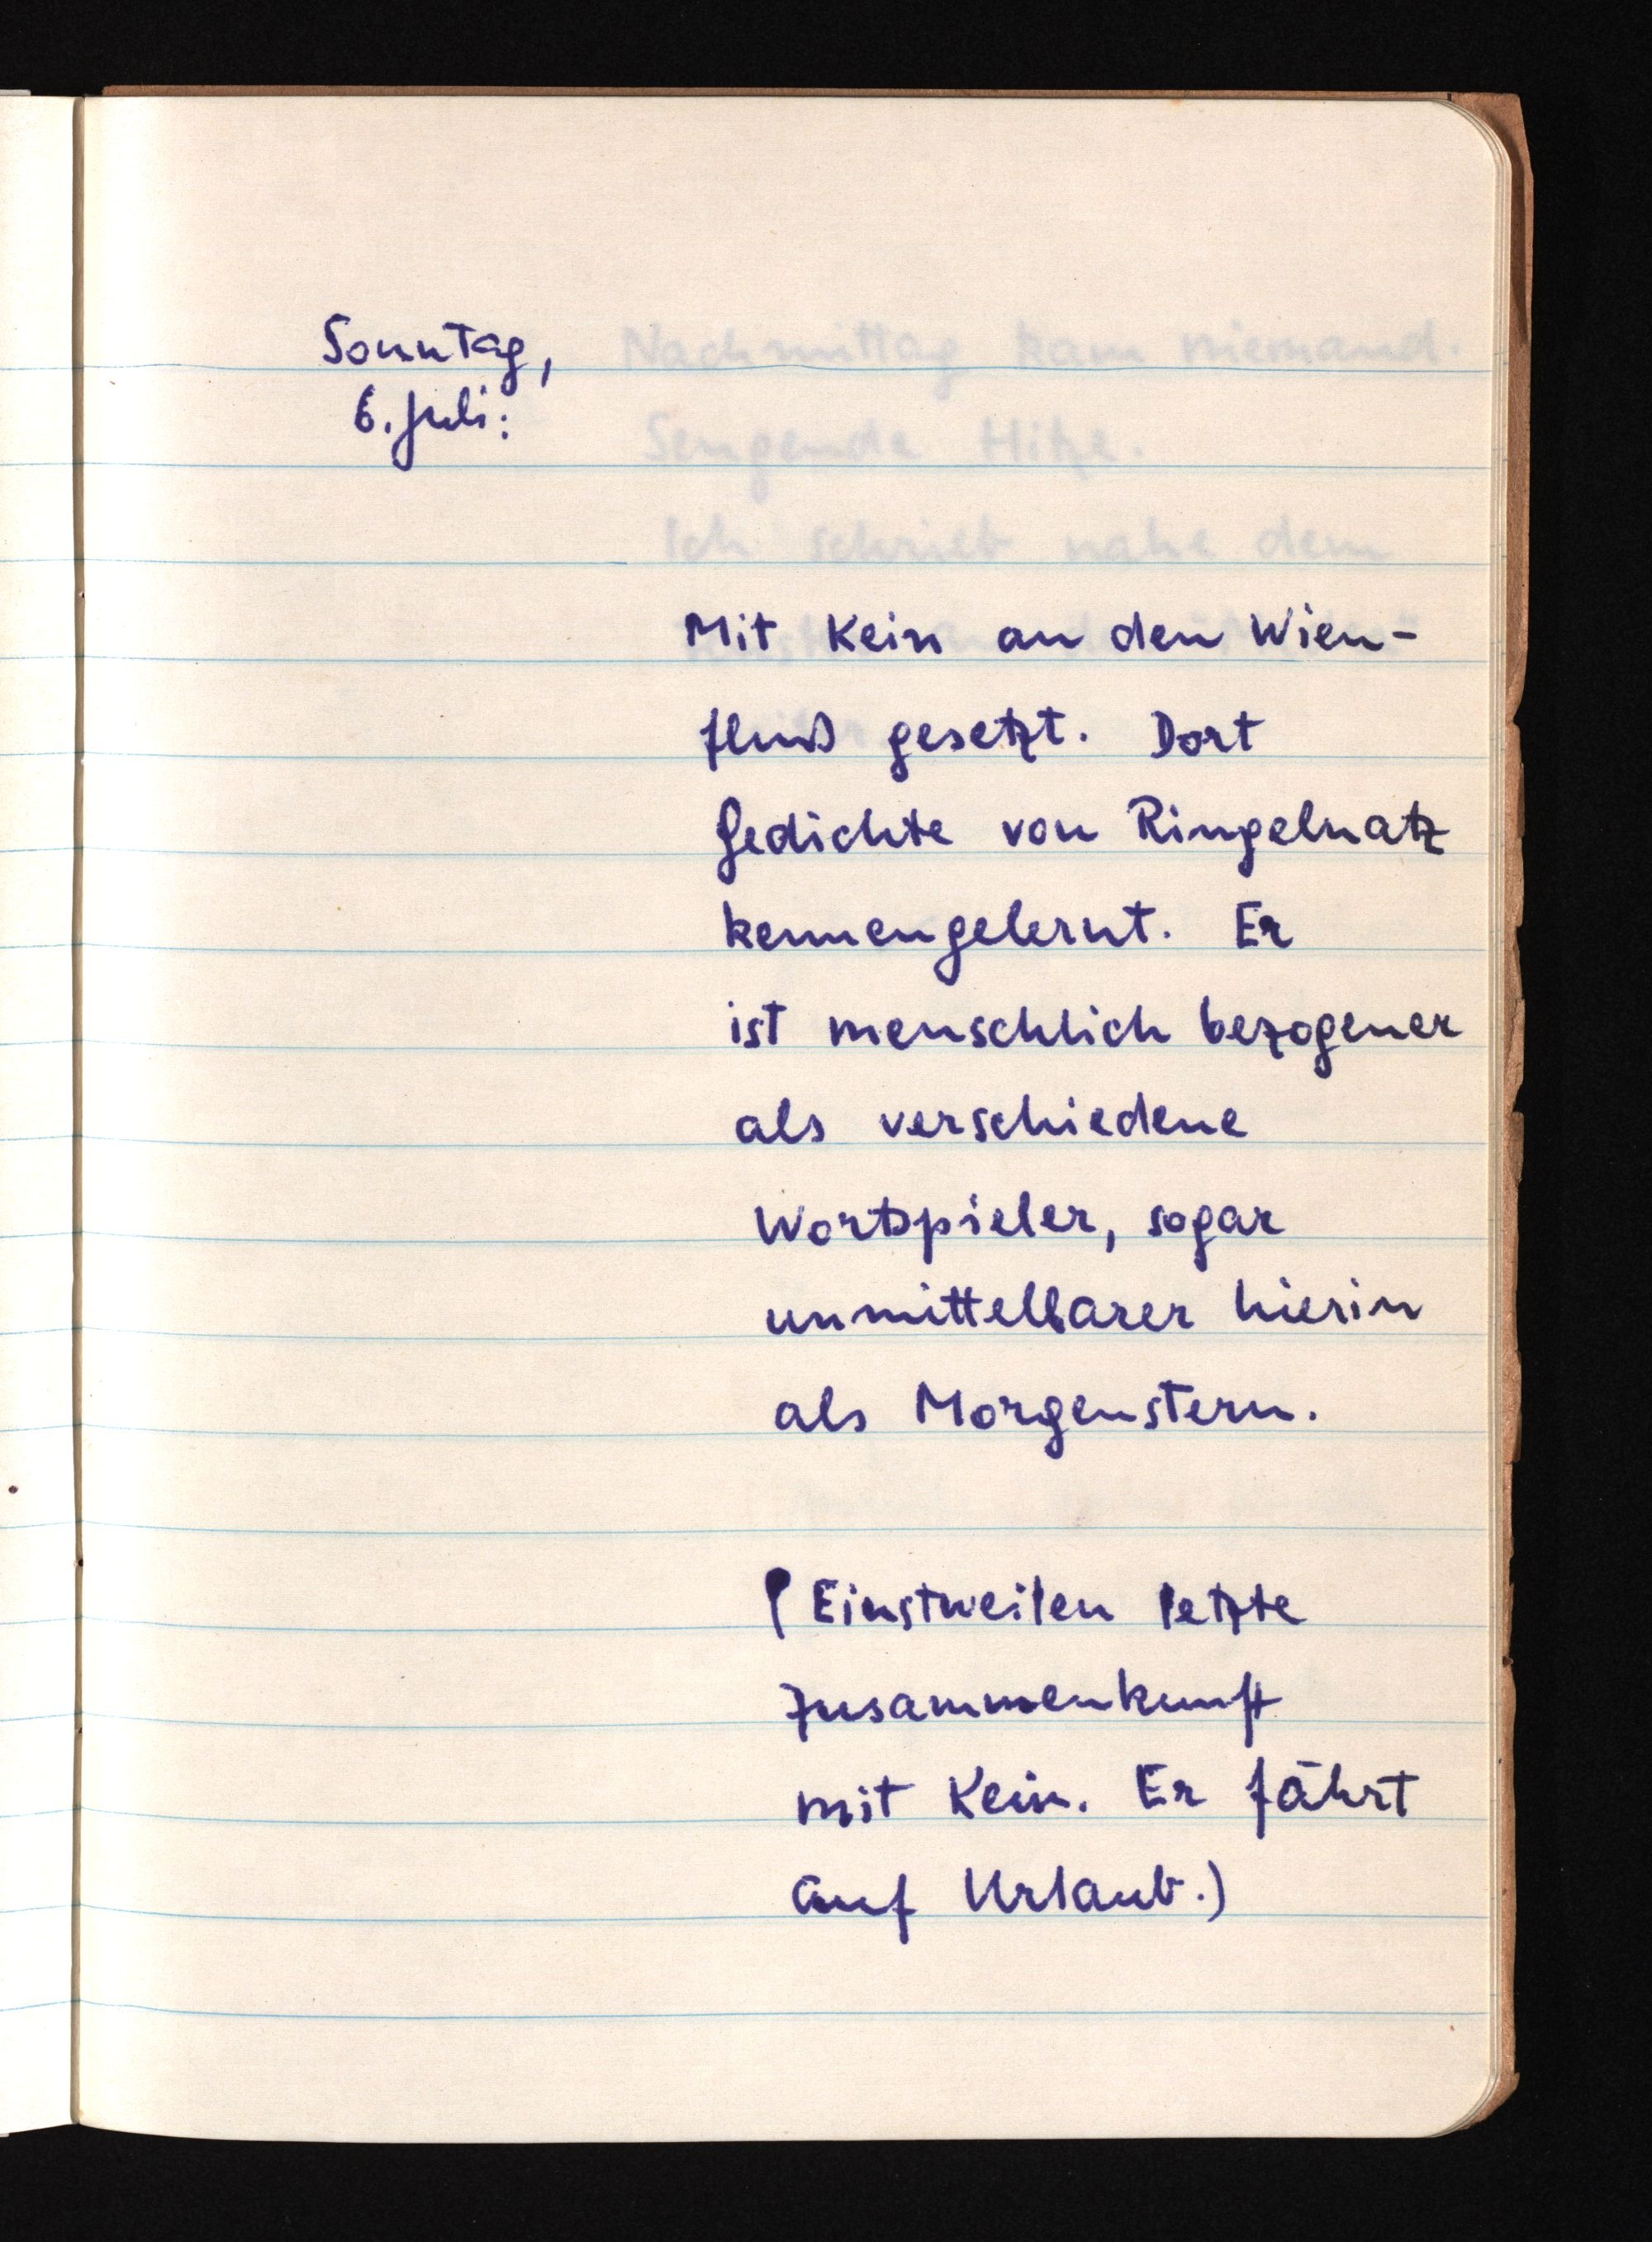
Sonntag,
6. Juli:
Mit Kein an den Wien¬
fluß gesetzt. Dort
Gedichte von Ringelnatz
kennengelernt. Er
ist menschlich bezogener
als verschiedene
Wortspieler, sogar
unmittelbarer hierin
als Morgenstern.
(Einstweilen letzte
Zusammenkunft
mit Kein. Er fährt
auf Urlaub.)